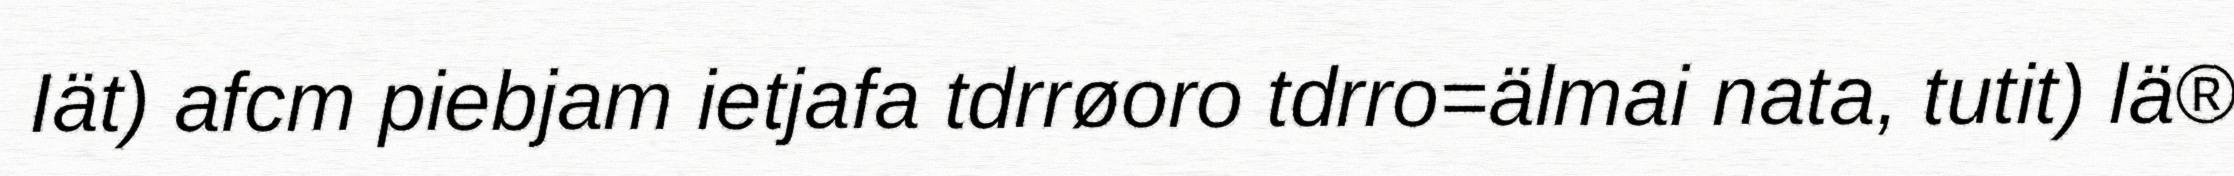
Iät) afcm piebjam ietjafa tdrrøoro tdrro=älmai nata, tutit) lä®